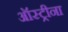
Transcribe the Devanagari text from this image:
ऑस्ट्रीना